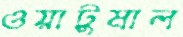
ওয়াটুমাল